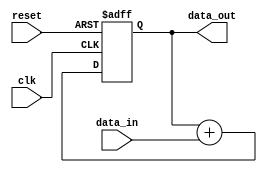
module cascaded_accumulator (
    input clk,
    input reset,
    input [7:0] data_in,
    output [15:0] data_out
);

reg [15:0] accumulator;

always @(posedge clk or posedge reset) begin
    if (reset) begin
        accumulator <= 16'd0;
    end else begin
        accumulator <= accumulator + data_in;
    end
end

assign data_out = accumulator;

endmodule